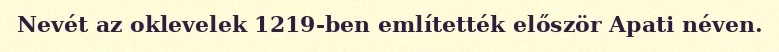
Nevét az oklevelek 1219-ben említették először Apati néven.